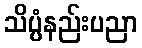
သိပ္ပံနည်းပညာ